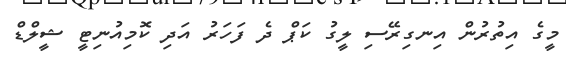
މީގެ އިތުރުން އިނގިރޭސި ލީގު ކަޕް ދެ ފަހަރު އަދި ކޮމިއުނިޓީ ޝީލްޑް